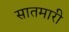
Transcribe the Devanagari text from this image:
सातमारी